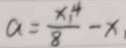
a = \frac { x ^ { 4 } } { 8 } - x